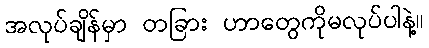
အလုပ်ချိန်မှာ တခြား ဟာတွေကိုမလုပ်ပါနဲ့။